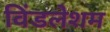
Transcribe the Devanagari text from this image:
विंडलेशम